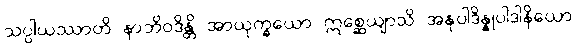
သပ္ပါယဿာတိ နာဘိဝဒိန္တိ အာယုက္ခယော ဣစ္ဆေယျာသိ အနုပါဒိန္နုပါဒါနိယော